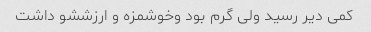
کمی دیر رسید ولی گرم بود وخوشمزه و ارزششو داشت